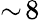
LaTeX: \sim\! 8